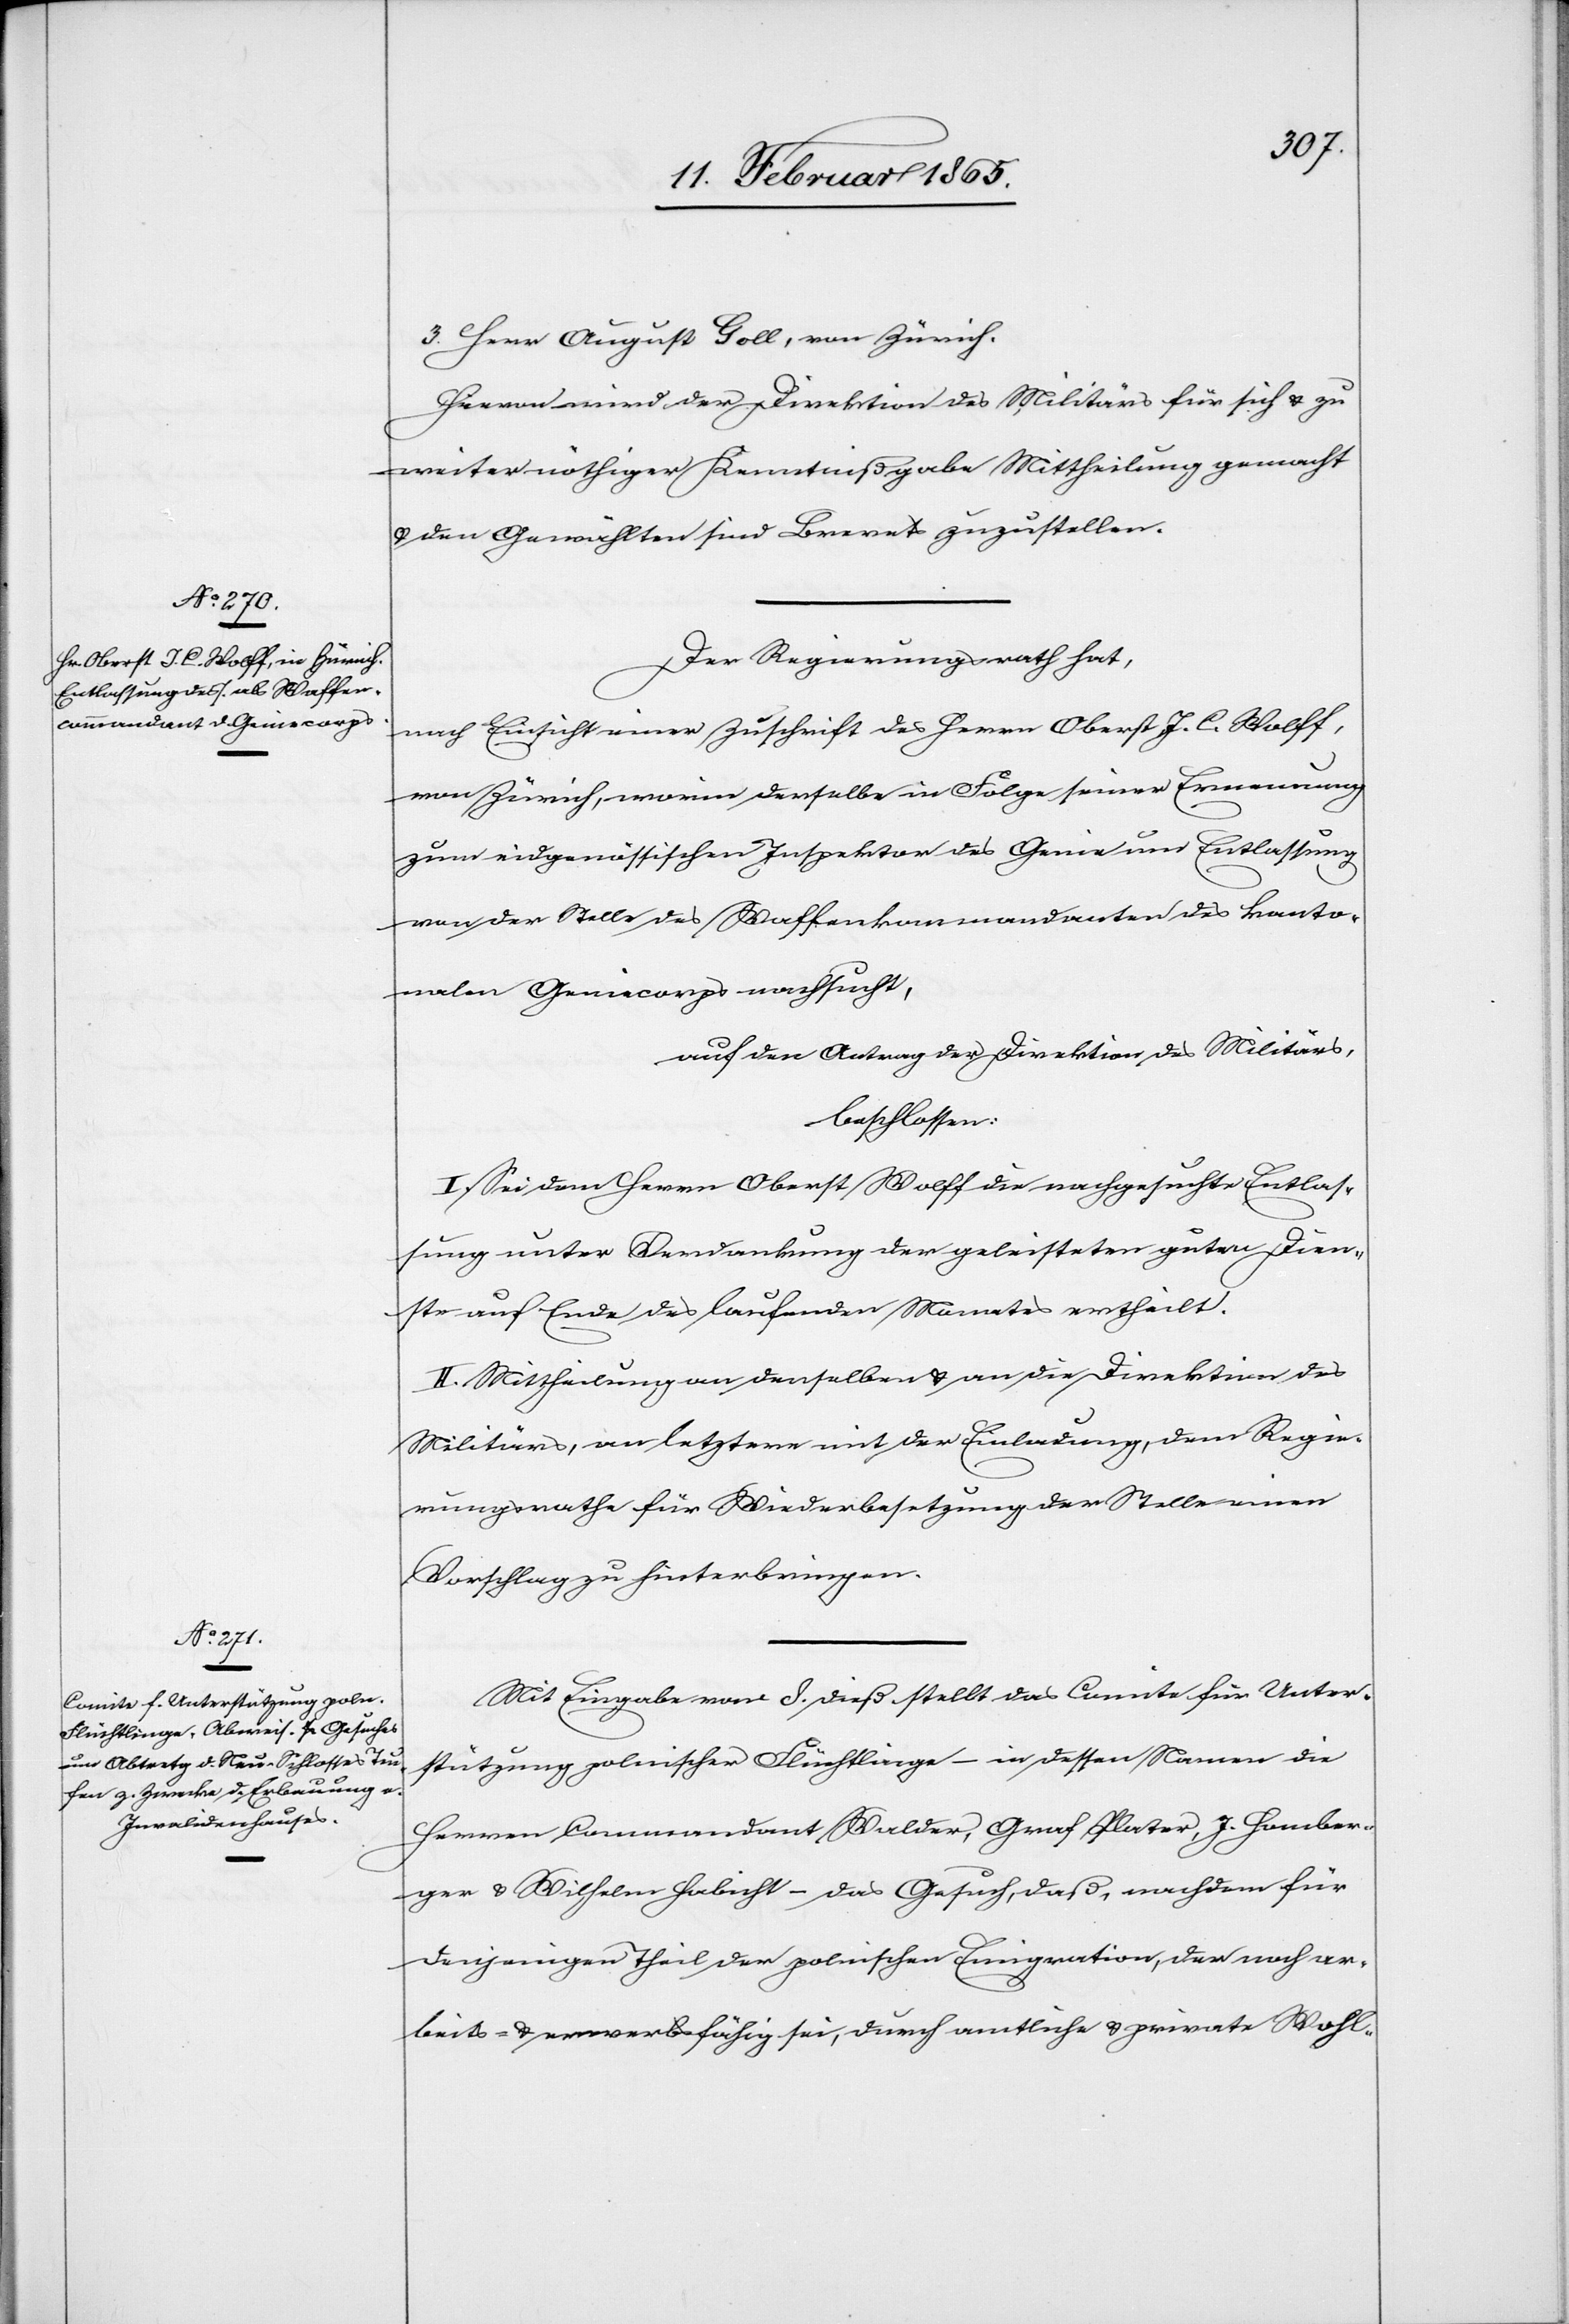
3. Herr August Goll, von Zürich.
Hievon wird der Direktion des Militärs für sich u. zu
weiter nöthiger Kenntnißgabe Mittheilung gemacht
u. den Gewählten sind Brevets zuzustellen.
Der Regierungsrath hat,
nach Einsicht einer Zuschrift des Herrn Oberst J. C. Wolff,
von Zürich, worin derselbe in Folge seiner Ernennung
zum eidgenössischen Inspektor des Genie um Entlassung
von der Stelle des Waffenkommandanten des kanto¬
nalen Geniecorps nachsucht,
auf den Antrag der Direktion des Militärs,
beschlossen:
I. Sei dem Herrn Oberst Wolff die nachgesuchte Entlas¬
sung unter Verdankung der geleisteten guten Dien¬
ste auf Ende des laufenden Monates ertheilt.
II. Mittheilung an denselben u. an die Direktion des
Militärs, an letztere mit der Einladung, dem Regie¬
rungsrathe für Wiederbesetzung der Stelle einen
Vorschlag zu hinterbringen.
Mit Eingabe vom 8. dieß stellt das Comite für Unter¬
stützung polnischer Flüchtlinge – in dessen Namen die
Herren Commandant Walder, Graf Plater, J. Homber¬
ger u. Wilhelm Habicht – das Gesuch, daß, nachdem für
denjenigen Theil der polnischen Emigration, der noch ar¬
beits- u. erwerbsfähig sei, durch amtliche u. private Wohl-